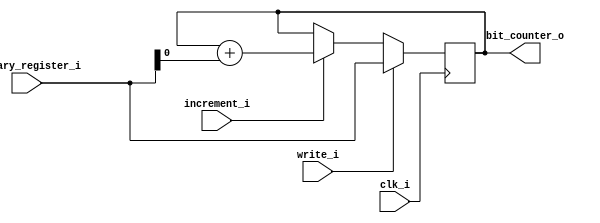
module bit_counter_register (
  input clk_i,
  input write_i,
  input increment_i,

  input [9:0] primary_register_i,

  output [9:0] bit_counter_o
);

reg [9:0] bit_counter_d, bit_counter_q;
assign bit_counter_o = bit_counter_q;

always @(*) begin
  if (write_i)
    bit_counter_d = primary_register_i;
  else if (increment_i)
    bit_counter_d = bit_counter_q + {9'd0, primary_register_i[0]};
  else
    bit_counter_d = bit_counter_q;
end

always @(posedge clk_i) begin
  bit_counter_q <= bit_counter_d;
end

endmodule